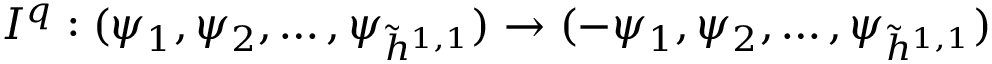
I ^ { q } : ( \psi _ { 1 } , \psi _ { 2 } , \dots , \psi _ { \tilde { h } ^ { 1 , 1 } } ) \to ( - \psi _ { 1 } , \psi _ { 2 } , \dots , \psi _ { \tilde { h } ^ { 1 , 1 } } )